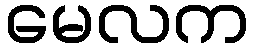
မေလက